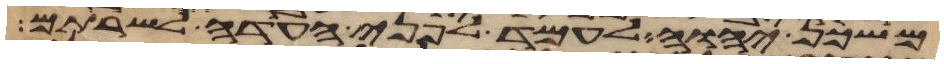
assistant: משכן יהוה לעמד לפני העדה לשרתם